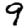
Digit: 9